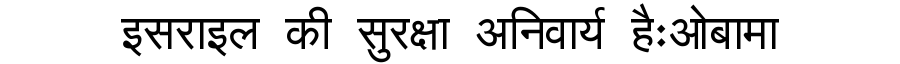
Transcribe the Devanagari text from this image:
इसराइल की सुरक्षा अनिवार्य हैःओबामा